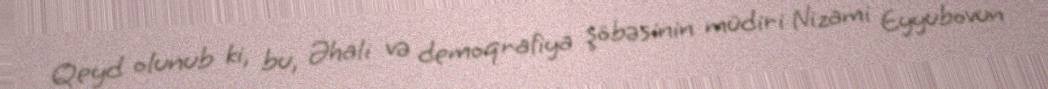
Qeyd olunub ki, bu, Əhali və demoqrafiya şöbəsinin müdiri Nizami Eyyubovun